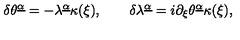
\delta \theta ^ { \underline { \alpha } } = - \lambda ^ { \underline { \alpha } } \kappa ( \xi ) , \qquad \delta \lambda ^ { \underline { \alpha } } = i \partial _ { \xi } \theta ^ { \underline { \alpha } } \kappa ( \xi ) ,